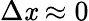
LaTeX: \Delta\mathit{x}\approx0